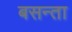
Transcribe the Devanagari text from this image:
बसन्ता